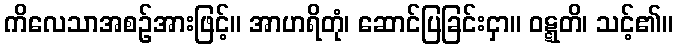
ကိလေသာအစဉ်အားဖြင့်။ အာဟရိတုံ၊ ဆောင်ပြခြင်းငှာ။ ဝဋ္ဋတိ၊ သင့်၏။